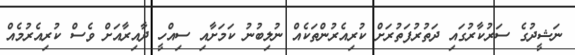
ނަޝީދުގެ ސަރުކާރުގައި ދަތުރުފަތުރަށް ކުރިއެރުންތަކެއް ނުލިބުނު ކަމަށާއި ސިއްހީ ދާއިރާއަށް ވެސް ކުރިއެރުމެއް